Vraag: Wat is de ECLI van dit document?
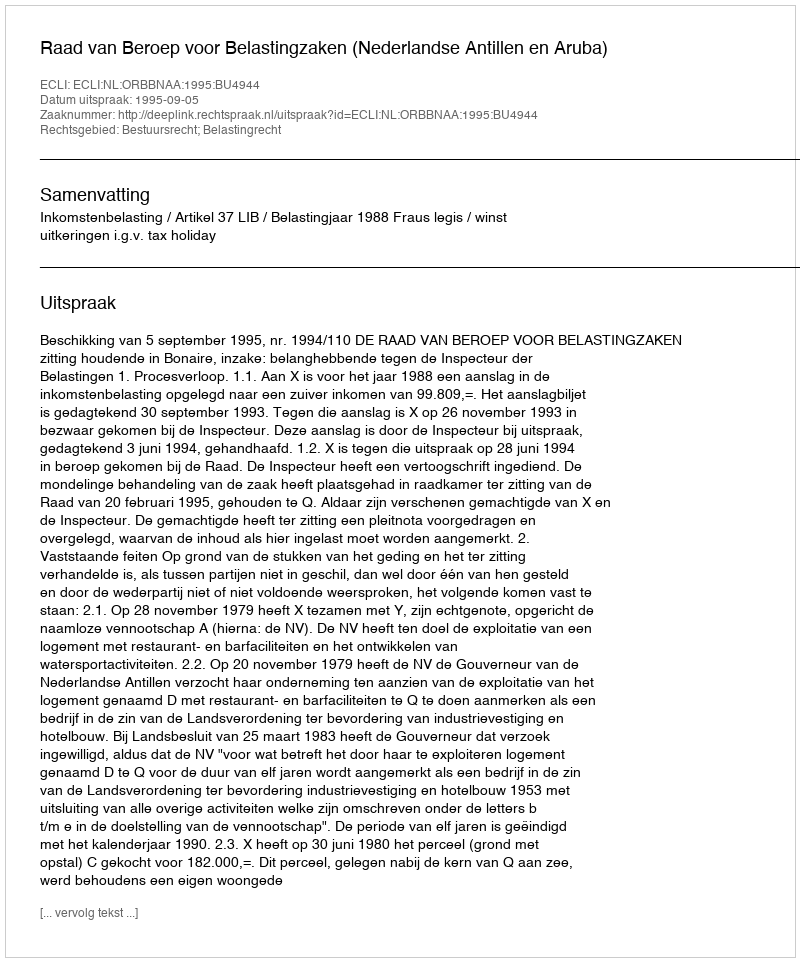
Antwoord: ECLI:NL:ORBBNAA:1995:BU4944